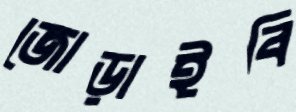
জোড়াইবি